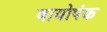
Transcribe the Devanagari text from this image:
बायोपंक